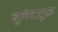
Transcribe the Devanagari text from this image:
बुलेटप्रूफ़